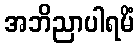
အဘိညာပါရမိံ